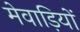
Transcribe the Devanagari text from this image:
मेवाड़ियों